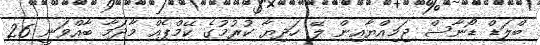
ބްލަޑް ޑޯނާސް ޖަމިއްޔާއިން ލޭ ހަދިޔާ ކުރުމުގެ ކޭމްޕެއް މާދަމާ ބާއްވަނީ 26